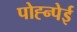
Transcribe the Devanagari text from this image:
पोह्न्पेई